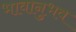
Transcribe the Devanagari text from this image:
भावानुभव